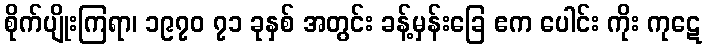
စိုက်ပျိုးကြရာ၊ ၁၉၇၀ ၇၁ ခုနှစ် အတွင်း ခန့်မှန်းခြေ ဧက ပေါင်း ကိုး ကုဋေ